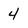
Character: 4